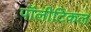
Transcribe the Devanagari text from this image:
पॉलीटिकल